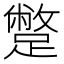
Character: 蹩